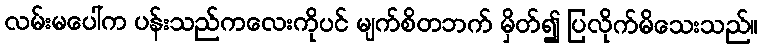
လမ်းမပေါ်က ပန်းသည်ကလေးကိုပင် မျက်စိတဘက် မှိတ်၍ ပြလိုက်မိသေးသည်။